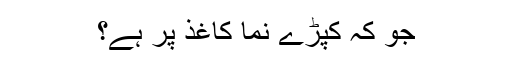
جو کہ کپڑے نما کاغذ پر ہے؟